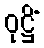
ဝုဋ္ဌိံ